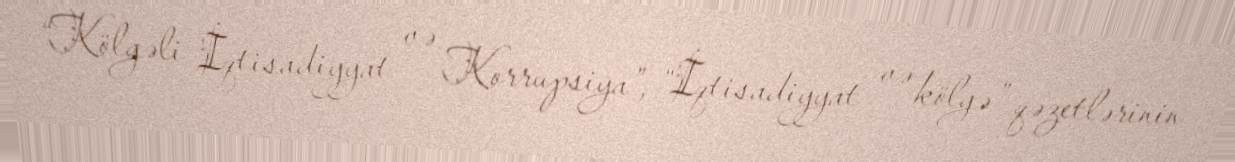
“Kölgəli İqtisadiyyat və Korrupsiya”, “İqtisadiyyat və kölgə” qəzetlərinin